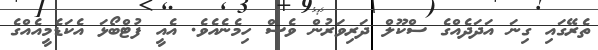
ތެރޭގައި ގިނަ އަދަދެއްގެ ސްކޫލް ދަރިވަރުން ވެސް ހިމެނެއެވެ. އެއީ ފުޓްބޯޅަ އެކަޑެމީއެއްގެ